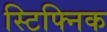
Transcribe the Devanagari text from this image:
स्टिफ्निक